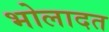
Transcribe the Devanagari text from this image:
भोलादत